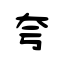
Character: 夸